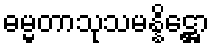
ဓမ္မတာသုသမန္နိဋ္ဌော